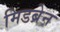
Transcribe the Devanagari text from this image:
मिडब्रेन